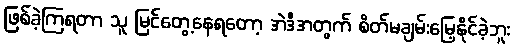
ဖြစ်ခဲ့ကြရတာ သူ မြင်တွေ့နေရတော့ အဲဒီအတွက် စိတ်မချမ်းမြေ့နိုင်ခဲ့ဘူး